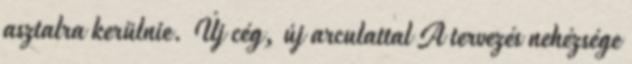
asztalra kerülnie. Új cég, új arculattal A tervezés nehézsége